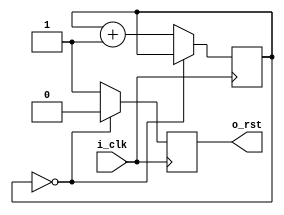
/**/
//
module rst_gen
#(
    parameter       P_RST_CYCLE     =   1       // 
)
(
    input   wire    i_clk       ,               
    output  wire    o_rst                        
);

/************   reg_define      *************/
    reg                 ro_rst  =   0      ;
    reg     [7 : 0]     r_cnt   =   0      ;


/************   assign_block    *************/

    assign  o_rst   =   ro_rst              ;


/************   always_block    *************/

always@(posedge i_clk)
    begin
        if((r_cnt == P_RST_CYCLE - 1) || (P_RST_CYCLE == 0))
            r_cnt <= r_cnt      ;
        else
            r_cnt <= r_cnt  + 1 ;
    end

always@(posedge i_clk)
    begin
        if((r_cnt == P_RST_CYCLE - 1) || (P_RST_CYCLE == 0))
            ro_rst <= 'd0       ;
        else
            ro_rst <= 'd1       ;
    end


endmodule